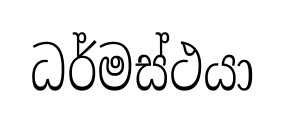
ධර්මස්ථයා